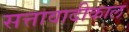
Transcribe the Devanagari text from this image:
सत्तावादीकाल